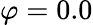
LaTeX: \varphi=0.0